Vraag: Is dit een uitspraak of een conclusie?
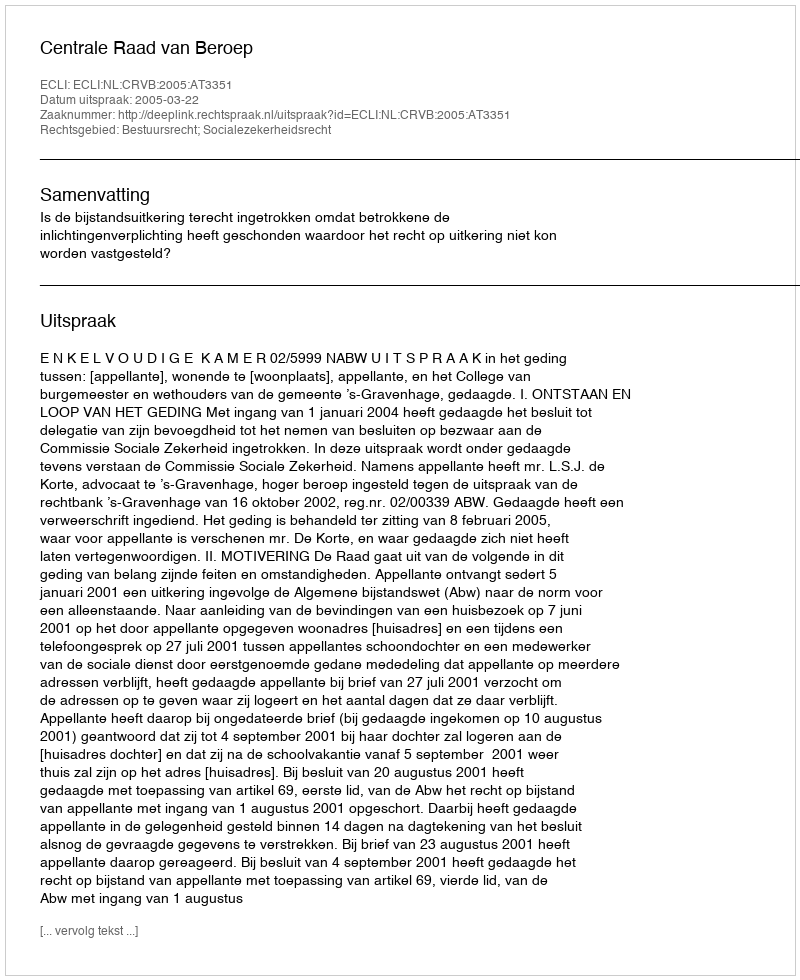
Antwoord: Uitspraak